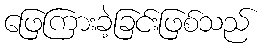
ဖြေကြားခဲ့ခြင်းဖြစ်သည်